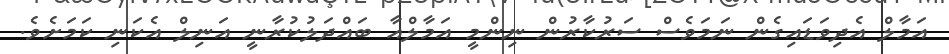
އަމާލް އެދިވަޑައިގެން ނަމަވެސް ސަރުކާރުން ނިންމީ އަމާލްއާ ބައްދަލުކުރާނީ އަނިލް އެކަނި ކަމަށެވެ.